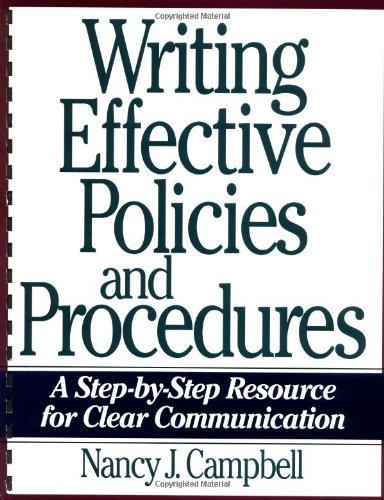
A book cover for Writing Effective Policies and Procedures: A Step-by-Step Resource for Clear Communication; Nancy J. Campbell; Business & Money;